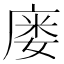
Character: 𫷹